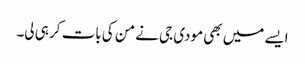
ایسے میں بھی مودی جی نے من کی بات کر ہی لی۔